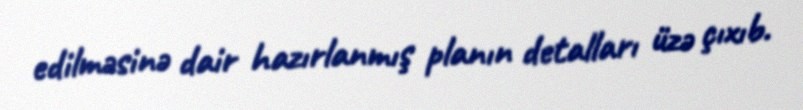
edilməsinə dair hazırlanmış planın detalları üzə çıxıb.